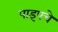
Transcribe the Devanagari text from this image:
पाइपचे